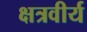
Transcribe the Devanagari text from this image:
क्षत्रवीर्य